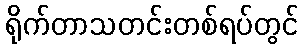
ရိုက်တာသတင်းတစ်ရပ်တွင်